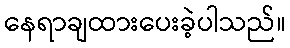
နေရာချထားပေးခဲ့ပါသည်။